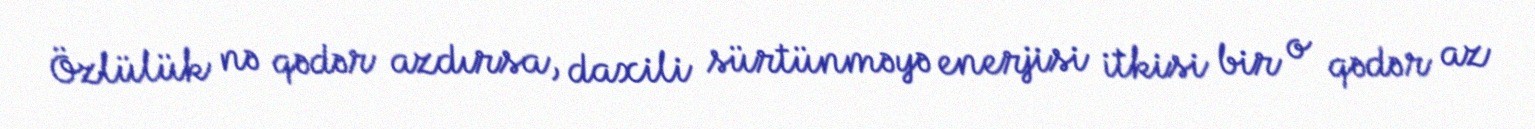
Özlülük nə qədər azdırsa, daxili sürtünməyə enerjisi itkisi bir o qədər az